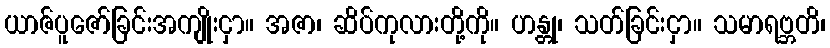
ယာဇ်ပူဇော်ခြင်းအကျိုးငှာ။ အဇာ၊ ဆိပ်ကုလားတို့ကို။ ဟန္တု၊ သတ်ခြင်းငှာ။ သမာရဗ္ဘတိ၊